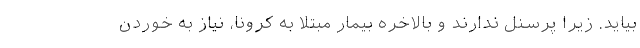
بیاید. زیرا پرسنل ندارند و بالاخره بیمار مبتلا به کرونا، نیاز به خوردن